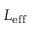
L _ { \mathrm { e f f } }